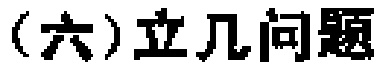
（六）立几问题